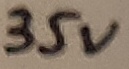
Text: 35V